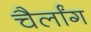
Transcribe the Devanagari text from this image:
चैर्लांग